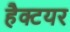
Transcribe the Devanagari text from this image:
हैक्टयर